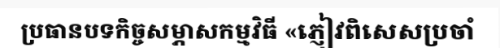
ប្រធានបទកិច្ចសម្ភាសកម្មវិធី «ភ្ញៀវពិសេសប្រចាំ